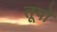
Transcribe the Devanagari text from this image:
तूपों